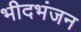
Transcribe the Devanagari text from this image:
भीदभंजन